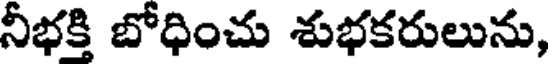
నీభక్తి బోధించు శుభకరులును,